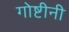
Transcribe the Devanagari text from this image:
गोष्टीनी